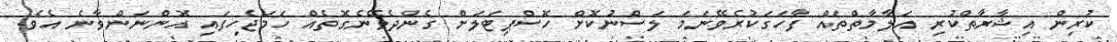
ކުރިން އިޝާރާތްކުރި އަލާމާތްތައް ފާހަގަކުރެވޭނަމަ ލަސްނުކޮށް ހޮސްޕިޓަލަށް ގެންދެވޭނެގޮތެއް ހަމަޖެހިފައި އޮންނަންވާނެ އެވެ.